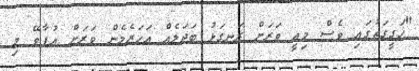
"ހަގީގަތުގައި ވެސް މިއީ ވަރަށް ރަނގަޅު ބަދަލެއް އަހަރެމެން ވަރަށް އުފާވޭ މި